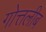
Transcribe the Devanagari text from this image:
गोत्तलीब